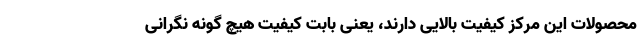
محصولات این مرکز کیفیت بالایی دارند، یعنی بابت کیفیت هیچ گونه نگرانی